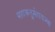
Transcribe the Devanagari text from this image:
महाक्रतुर्महायज्वा